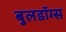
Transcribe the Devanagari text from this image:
बुलडॉग्स